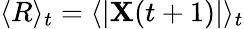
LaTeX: \langle R\rangle_{t}=\langle|\mathbf{X}(t+1)|\rangle_{t}